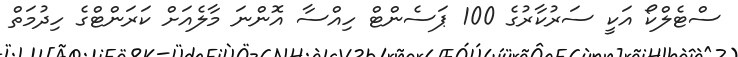
ސްޓެލްކޯ އަކީ ސަރުކާރުގެ 100 ޕަސެންޓް ހިއްސާ އޮންނަ މާލެއަށް ކަރަންޓްގެ ހިދުމަތް